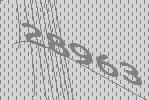
28963